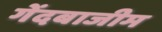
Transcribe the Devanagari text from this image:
गेंदबाजीम